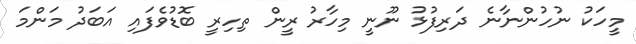
މީހަކު ނުހުންނާނެ ދަރިފުޅު ނޫނީ މިހާރު ރީން ތިހިރީ ބޮޑުވެފައި އަބަދު މަންމަ